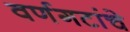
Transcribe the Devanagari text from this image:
वर्णगटांचे